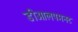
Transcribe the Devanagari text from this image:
डीओलपमनट